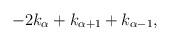
LaTeX: \begin{align*}-2k_{\alpha}+k_{\alpha+1}+k_{\alpha-1},\end{align*}